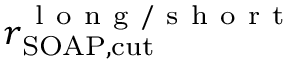
r _ { \mathrm { S O A P , c u t } } ^ { \mathrm { ~ l ~ o ~ n ~ g ~ / ~ s ~ h ~ o ~ r ~ t ~ } }